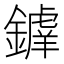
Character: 𨬲